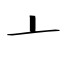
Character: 亠